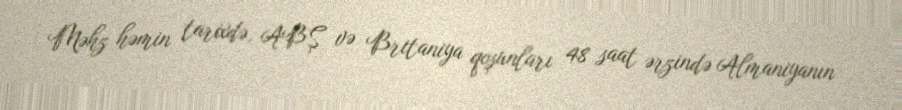
Məhz həmin tarixdə, ABŞ və Britaniya qoşunları 48 saat ərzində Almaniyanın